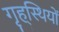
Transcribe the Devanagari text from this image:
गृह्स्थियों